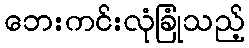
ဘေးကင်းလုံခြုံသည့်